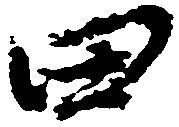
田